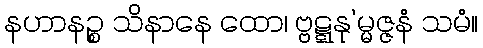
နဟာနဉ္စ သိနာနေ ထော၊ ဗ္ဗဋ္ဋနု’မ္မဇ္ဇနံ သမံ။